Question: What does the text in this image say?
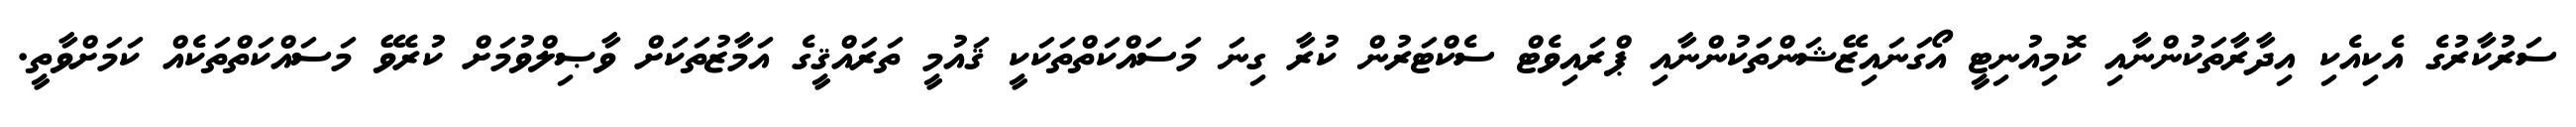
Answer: ސަރުކާރުގެ އެކިއެކި އިދާރާތަކުންނާއި ކޮމިއުނިޓީ އޯގަނައިޒޭޝަންތަކުންނާއި ޕްރައިވެޓް ސެކްޓަރުން ކުރާ ގިނަ މަސައްކަތްތަކަކީ ޤައުމީ ތަރައްޤީގެ އަމާޒުތަކަށް ވާޞިލްވުމަށް ކުރެވޭ މަސައްކަތްތަކެއް ކަމަށްވާތީ.